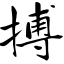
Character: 搏